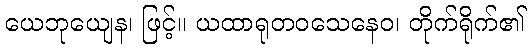
ယေဘုယျေန၊ ဖြင့်။ ယထာရုတဝသေနေဝ၊ တိုက်ရိုက်၏